Document type: Sale
Year: 1323
Scribe: Guillem Coscoll
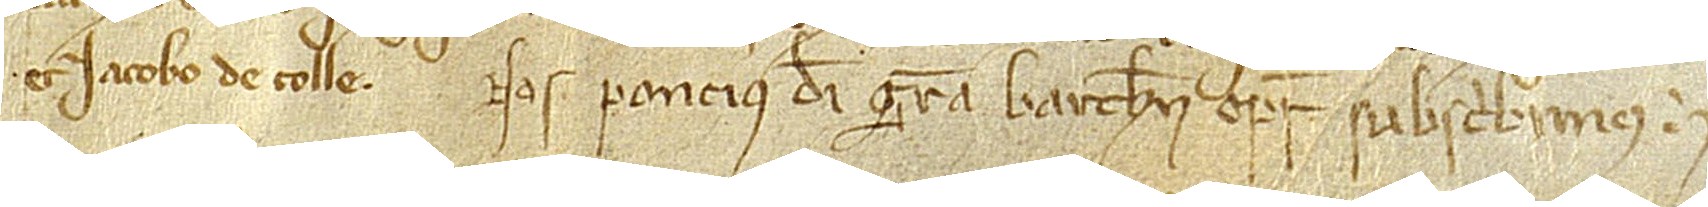
et Iacobo de Colle.  Nos Poncius, Dei gratia Barchinonensis episcopus, subscribimus.